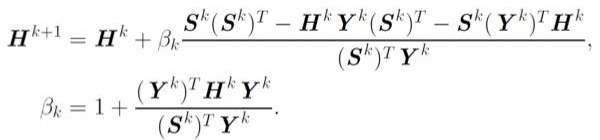
\[
\begin{align*}
\boldsymbol{H}^{k + 1} &= \boldsymbol{H}^{k}+\beta_{k}\frac{\boldsymbol{S}^{k}(\boldsymbol{S}^{k})^{T}-\boldsymbol{H}^{k}\boldsymbol{Y}^{k}(\boldsymbol{S}^{k})^{T}-\boldsymbol{S}^{k}(\boldsymbol{Y}^{k})^{T}\boldsymbol{H}^{k}}{(\boldsymbol{S}^{k})^{T}\boldsymbol{Y}^{k}},\\
\beta_{k}&=1+\frac{(\boldsymbol{Y}^{k})^{T}\boldsymbol{H}^{k}\boldsymbol{Y}^{k}}{(\boldsymbol{S}^{k})^{T}\boldsymbol{Y}^{k}}.
\end{align*}
\]